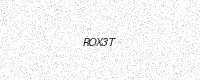
Text: ROX3T